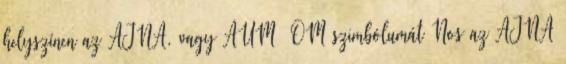
helyszínen az AJNA, vagy AUM OM szimbólumát Nos az AJNA